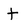
Character: t